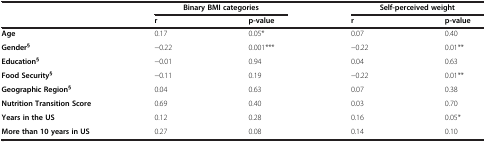
<table><thead><tr><td><b> </b></td><td colspan="2"><b>Binary BMI categories</b></td><td colspan="2"><b>Self-perceived weight</b></td></tr><tr><td><b> </b></td><td><b>r</b></td><td><b>p-value</b></td><td><b>r</b></td><td><b>p-value</b></td></tr></thead><tbody><tr><td><b>Age</b></td><td>0.17</td><td>0.05*</td><td>0.07</td><td>0.40</td></tr><tr><td><b>Gender</b><sup><b>§</b></sup></td><td>-0.22</td><td>0.001***</td><td>-0.22</td><td>0.01**</td></tr><tr><td><b>Education</b><sup><b>§</b></sup></td><td>-0.01</td><td>0.94</td><td>0.04</td><td>0.63</td></tr><tr><td><b>Food Security</b><sup><b>§</b></sup></td><td>-0.11</td><td>0.19</td><td>-0.22</td><td>0.01**</td></tr><tr><td><b>Geographic Region</b><sup><b>§</b></sup></td><td>0.04</td><td>0.63</td><td>0.07</td><td>0.38</td></tr><tr><td><b>Nutrition Transition Score</b></td><td>0.69</td><td>0.40</td><td>0.03</td><td>0.70</td></tr><tr><td><b>Years in the US</b></td><td>0.12</td><td>0.28</td><td>0.16</td><td>0.05*</td></tr><tr><td><b>More than 10 years in US</b></td><td>0.27</td><td>0.08</td><td>0.14</td><td>0.10</td></tr></tbody></table>